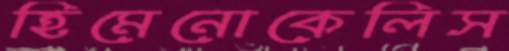
হিমেনোকেলিস